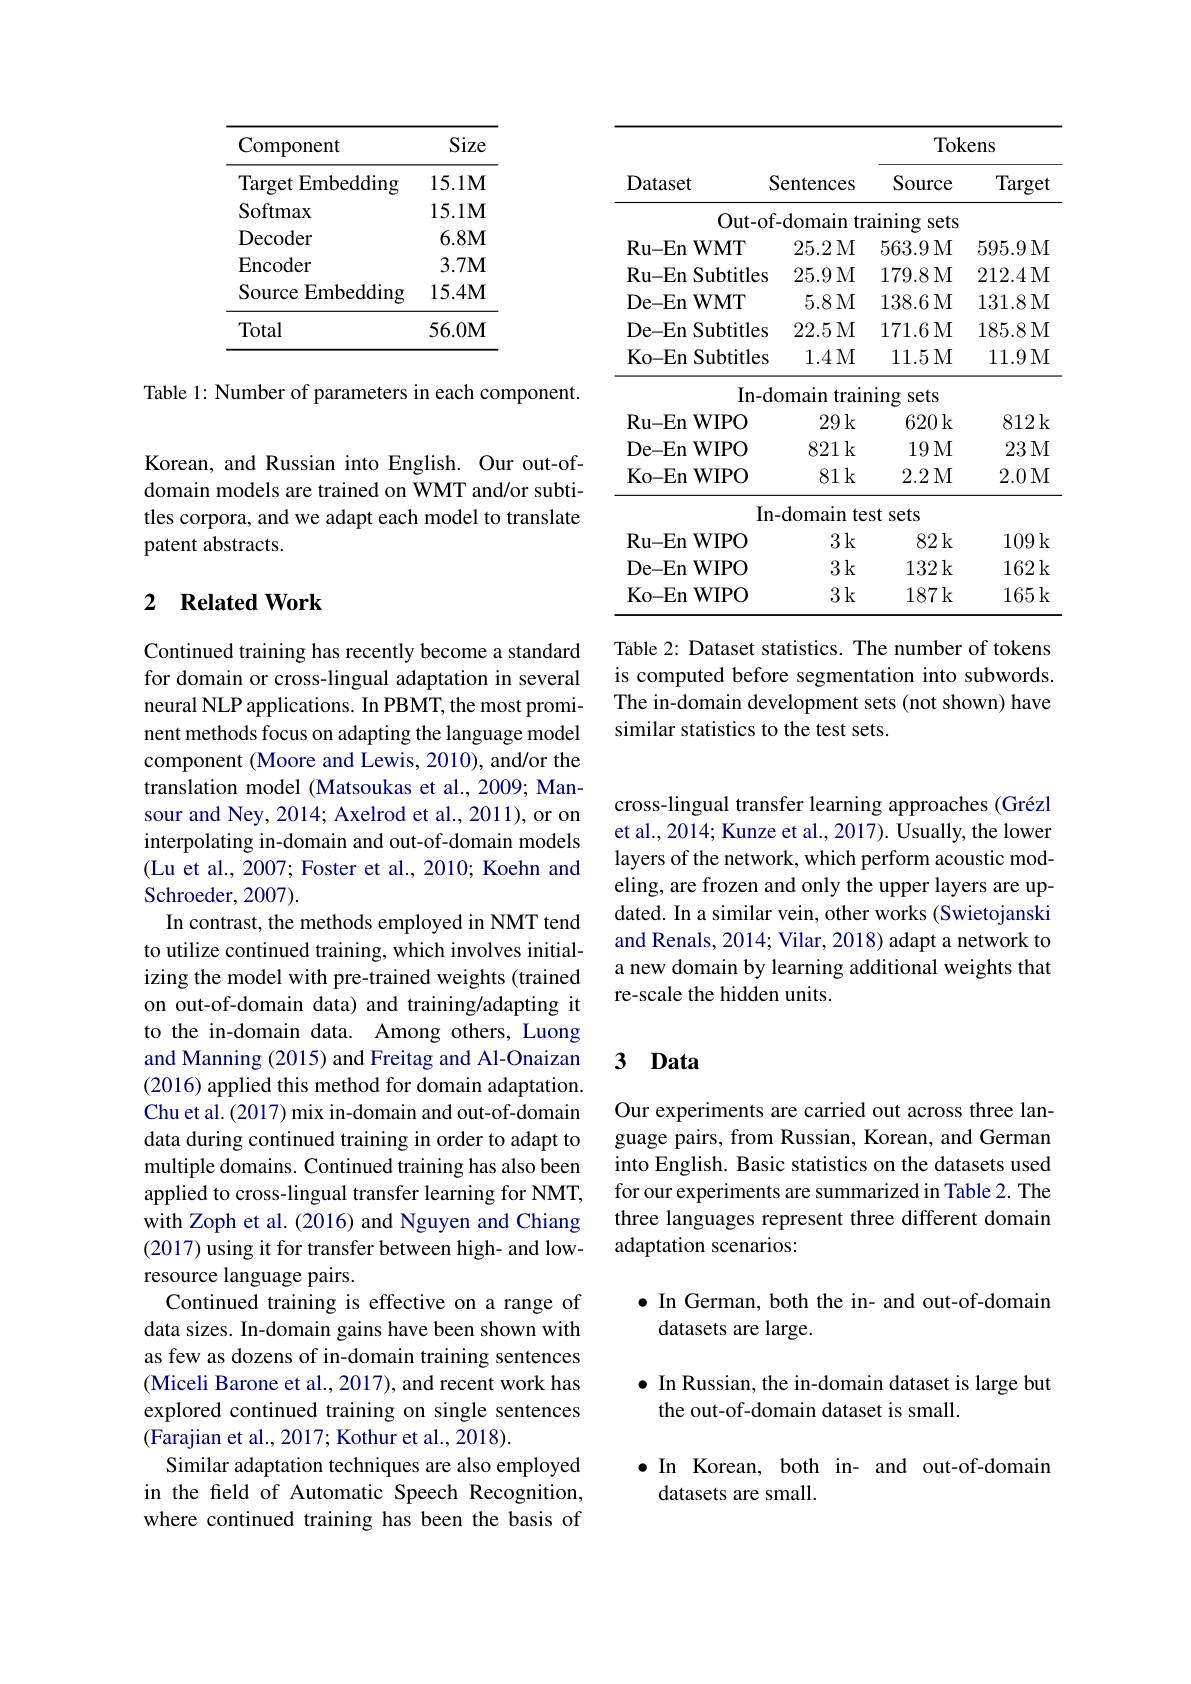
<table>
	<tbody>
		<tr>
			<th rowspan="2">Dataset</th>
			<th rowspan="2">sentences</th>
			<th colspan="2">Tokens</th>
		</tr>
		<tr>
			<th>Source</th>
			<th>Target</th>
		</tr>
		<tr>
			<td>Out-of</td>
			<td>domain $tr$</td>
			<td>aining sets</td>
			<td> </td>
		</tr>
		<tr>
			<td>Ru- En $\textbf{WMT}$</td>
			<td>25.2M</td>
			<td>563.9M</td>
			<td>595.9M</td>
		</tr>
		<tr>
			<td>Ru- En Subtitles</td>
			<td>25.9M</td>
			<td>179.8M</td>
			<td>212.4M</td>
		</tr>
		<tr>
			<td>De- En $\mathbf{WMT}$ 1</td>
			<td>5.8M</td>
			<td>138.6M</td>
			<td>131.8M</td>
		</tr>
		<tr>
			<td>De-En Subtitles</td>
			<td>22.5M</td>
			<td>171.6M</td>
			<td>185.8M</td>
		</tr>
		<tr>
			<td>Ko-En Subtitles</td>
			<td>1.4M</td>
			<td>11.5M</td>
			<td>11.9M</td>
		</tr>
		<tr>
			<td>$In-dc$</td>
			<td>trair omatn</td>
			<td>iing sets</td>
			<td> </td>
		</tr>
		<tr>
			<td>$\textbf{WIPO}$ $\mathbf{Ru-En}$</td>
			<td>29k</td>
			<td>620k</td>
			<td>812k</td>
		</tr>
		<tr>
			<td>De- En $\textbf{WIPO}$</td>
			<td>821k</td>
			<td>19M</td>
			<td>23M</td>
		</tr>
		<tr>
			<td>Ko- En $\textbf{n WIPO}$</td>
			<td>81k</td>
			<td>2.2M</td>
			<td>2.0M</td>
		</tr>
		<tr>
			<td>In.</td>
			<td>${\mathrm{domain}}$ te</td>
			<td>st sets</td>
			<td> </td>
		</tr>
		<tr>
			<td>Ru- En $\textbf{1 WIPO}$</td>
			<td>3k</td>
			<td>82k</td>
			<td>109k</td>
		</tr>
		<tr>
			<td>De- En $WIPO$ </td>
			<td>3k</td>
			<td>132k</td>
			<td>162k</td>
		</tr>
		<tr>
			<td>Ko- En $\textbf{WIPO}$</td>
			<td>3k</td>
			<td>187k</td>
			<td>165k</td>
		</tr>
	</tbody>
</table>

Table 2: Dataset statistics. The number of tokens is computed before segmentation into subwords. The in-domain development sets (not shown) have similar statistics to the test sets.

<table>
	<tbody>
		<tr>
			<th>Component</th>
			<th>Size</th>
		</tr>
		<tr>
			<td>Target Embedding 112</td>
			<td>$15.1\mathbf{M}$</td>
		</tr>
		<tr>
			<td>Softmax</td>
			<td>$15.1M$</td>
		</tr>
		<tr>
			<td>Decoder</td>
			<td>$6.8M$</td>
		</tr>
		<tr>
			<td>Encoder</td>
			<td>$3.7\mathbf{M}$</td>
		</tr>
		<tr>
			<td>Source E Embedding</td>
			<td>15.4M</td>
		</tr>
		<tr>
			<td>Total</td>
			<td>56.0M</td>
		</tr>
	</tbody>
</table>

Table 1: Number of parameters in each component.

Korean, and Russian into English. Our out-ofdomain models are trained on WMT and/or subtitles corpora, and we adapt each model to translate patent abstracts.

## 2 Related Work

Continued training has recently become a standard for domain or cross-lingual adaptation in several neural NLP applications. In PBMT, the most prominent methods focus on adapting the language model component (Moore and Lewis, 2010), and/or the translation model (Matsoukas et al., 2009; Mansour and Ney, 2014; Axelrod et al., 2011), or on interpolating in-domain and out-of-domain models (Lu et al., 2007; Foster et al., 2010; Koehn and Schroeder, 2007).
In contrast, the methods employed in NMT tend to utilize continued training, which involves initializing the model with pre-trained weights (trained on out-of-domain data) and training/adapting it to the in-domain data. Among others, Luong and Manning (2015) and Freitag and Al-Onaizan (2016) applied this method for domain adaptation. Chu et al. (2017) mix in-domain and out-of-domain data during continued training in order to adapt to multiple domains. Continued training has also been applied to cross-lingual transfer learning for NMT, with Zoph et al. (2016) and Nguyen and Chiang (2017) using it for transfer between high- and lowresource language pairs.
Continued training is effective on a range of data sizes. In-domain gains have been shown with as few as dozens of in-domain training sentences (Miceli Barone et al., 2017), and recent work has explored continued training on single sentences (Farajian et al., 2017; Kothur et al., 2018).
Similar adaptation techniques are also employed in the freld of Automatic Speech Recognition, where continued training has been the basis of

cross-lingual transfer learning approaches (Grézl et al., 2014; Kunze et al., 2017). Usually, the lower layers of the network, which perform acoustic modeling, are frozen and only the upper layers are updated. In a similar vein, other works (Swietojanski and Renals, 2014; Vilar, 2018) adapt a network to a new domain by learning additional weights that re-scale the hidden units.

### $\textbf{3 Data}$

Our experiments are carried out across three language pairs, from Russian, Korean, and German into English. Basic statistics on the datasets used for our experiments are summarized in Table 2. The three languages represent three different domain adaptation scenarios:

$\bullet$ In German, both the in- and out-of-domain
datasets are large.

$\bullet$ In Russian, the in-domain dataset is large but
the out-of-domain dataset is small.

$\bullet$ In Korean, both in- and out-of-domain
datasets are small.